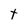
Character: t